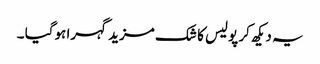
یہ دیکھ کر پولیس کا شک مزید گہرا ہوگیا ۔